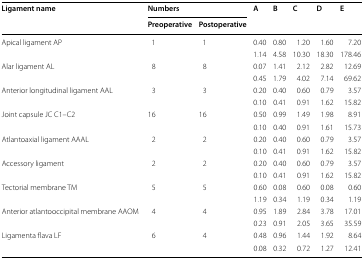
<table><thead><tr><td rowspan="2"><b>Ligament name</b></td><td colspan="2"><b>Numbers</b></td><td rowspan="2"><b>A</b></td><td rowspan="2"><b>B</b></td><td rowspan="2"><b>C</b></td><td rowspan="2"><b>D</b></td><td rowspan="2"><b>E</b></td></tr><tr><td><b>Preoperative</b></td><td><b>Postoperative</b></td></tr></thead><tbody><tr><td rowspan="2">Apical ligament AP</td><td rowspan="2">1</td><td rowspan="2">1</td><td>0.40</td><td>0.80</td><td>1.20</td><td>1.60</td><td>7.20</td></tr><tr><td>1.14</td><td>4.58</td><td>10.30</td><td>18.30</td><td>178.46</td></tr><tr><td rowspan="2">Alar ligament AL</td><td rowspan="2">8</td><td rowspan="2">8</td><td>0.07</td><td>1.41</td><td>2.12</td><td>2.82</td><td>12.69</td></tr><tr><td>0.45</td><td>1.79</td><td>4.02</td><td>7.14</td><td>69.62</td></tr><tr><td rowspan="2">Anterior longitudinal ligament AAL</td><td rowspan="2">3</td><td rowspan="2">3</td><td>0.20</td><td>0.40</td><td>0.60</td><td>0.79</td><td>3.57</td></tr><tr><td>0.10</td><td>0.41</td><td>0.91</td><td>1.62</td><td>15.82</td></tr><tr><td rowspan="2">Joint capsule JC C1–C2</td><td rowspan="2">16</td><td rowspan="2">16</td><td>0.50</td><td>0.99</td><td>1.49</td><td>1.98</td><td>8.91</td></tr><tr><td>0.10</td><td>0.40</td><td>0.91</td><td>1.61</td><td>15.73</td></tr><tr><td rowspan="2">Atlantoaxial ligament AAAL</td><td rowspan="2">2</td><td rowspan="2">2</td><td>0.20</td><td>0.40</td><td>0.60</td><td>0.79</td><td>3.57</td></tr><tr><td>0.10</td><td>0.41</td><td>0.91</td><td>1.62</td><td>15.82</td></tr><tr><td rowspan="2">Accessory ligament</td><td rowspan="2">2</td><td rowspan="2">2</td><td>0.20</td><td>0.40</td><td>0.60</td><td>0.79</td><td>3.57</td></tr><tr><td>0.10</td><td>0.41</td><td>0.91</td><td>1.62</td><td>15.82</td></tr><tr><td rowspan="2">Tectorial membrane TM</td><td rowspan="2">5</td><td rowspan="2">5</td><td>0.60</td><td>0.08</td><td>0.60</td><td>0.08</td><td>0.60</td></tr><tr><td>1.19</td><td>0.34</td><td>1.19</td><td>0.34</td><td>1.19</td></tr><tr><td rowspan="2">Anterior atlantooccipital membrane AAOM</td><td rowspan="2">4</td><td rowspan="2">4</td><td>0.95</td><td>1.89</td><td>2.84</td><td>3.78</td><td>17.01</td></tr><tr><td>0.23</td><td>0.91</td><td>2.05</td><td>3.65</td><td>35.59</td></tr><tr><td rowspan="2">Ligamenta flava LF</td><td rowspan="2">6</td><td rowspan="2">4</td><td>0.48</td><td>0.96</td><td>1.44</td><td>1.92</td><td>8.64</td></tr><tr><td>0.08</td><td>0.32</td><td>0.72</td><td>1.27</td><td>12.41</td></tr></tbody></table>